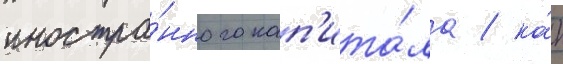
иностра́нного кап'ита́ла / ка́к